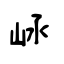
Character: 崡